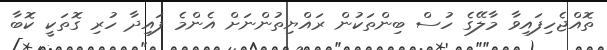
ތޮއްޖެހިފައިވާ މާލޭގެ ހުސް ބިންތަކުން ރައްޔިތުންނަށް އެންމެ ފައިދާ ހުރި ގޮތަކީ ކޮބާ